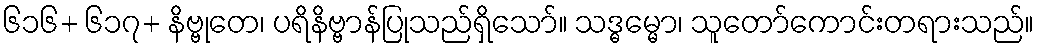
၆၁၆+ ၆၁၇+ နိဗ္ဗုတေ၊ ပရိနိဗ္ဗာန်ပြုသည်ရှိသော်။ သဒ္ဓမ္မော၊ သူတော်ကောင်းတရားသည်။